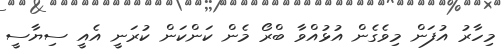
މިހާރު އުފަން މިވެގެން އުޅުއްވާ ބްރޯ މެން ކަންކަން ކުރަނީ އެއީ ސިޔާސީ